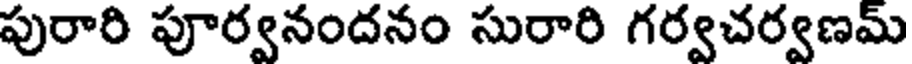
పురారి పూర్వనందనం సురారి గర్వచర్వణమ్